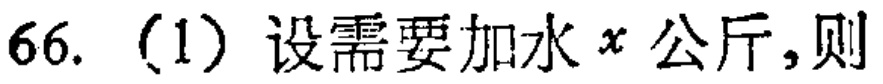
66. (1) 设需要加水\(x\)公斤,则